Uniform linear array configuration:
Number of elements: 16
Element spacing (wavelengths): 1
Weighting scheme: hamming
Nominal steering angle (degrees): -45
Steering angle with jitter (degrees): -44.175
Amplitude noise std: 0.05
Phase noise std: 0.05

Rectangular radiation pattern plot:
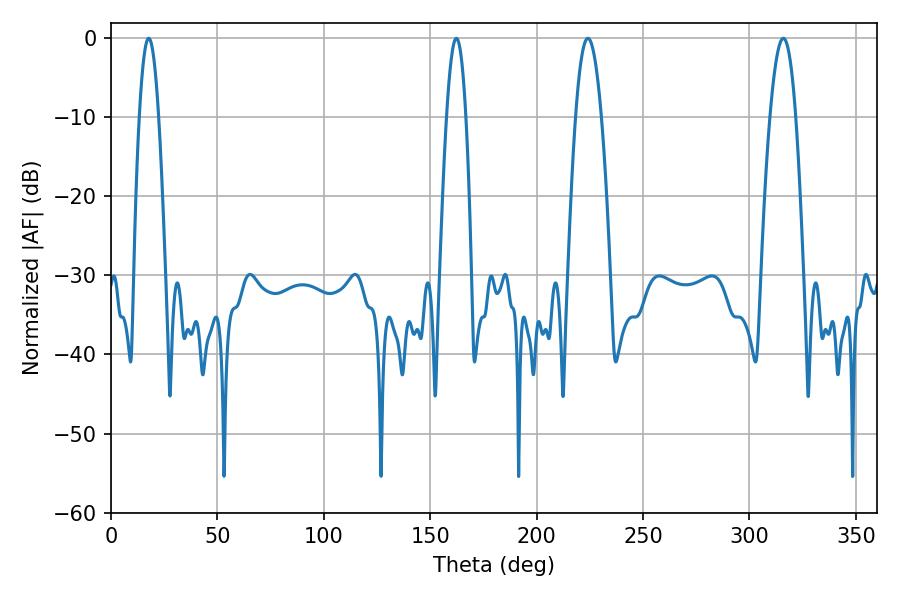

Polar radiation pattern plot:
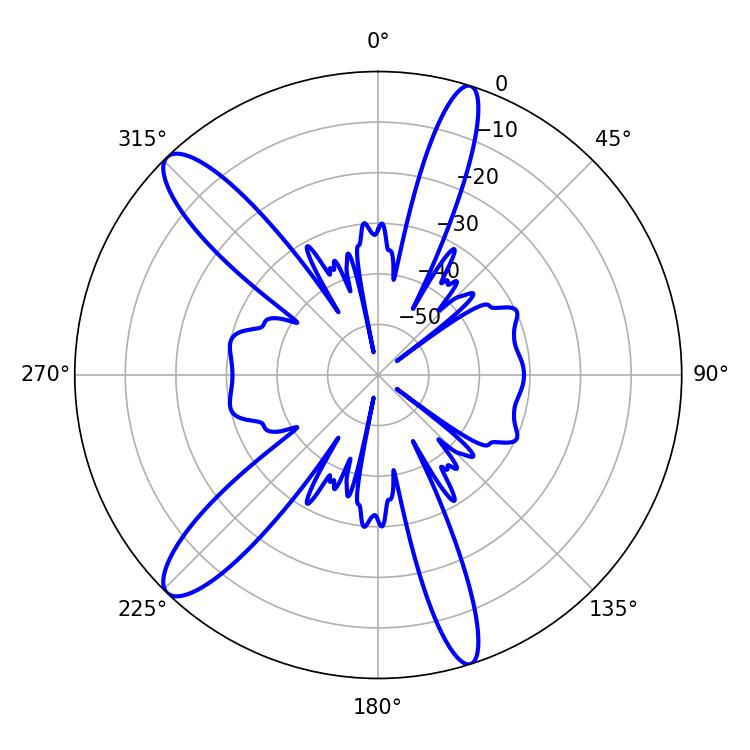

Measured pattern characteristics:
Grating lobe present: TRUE
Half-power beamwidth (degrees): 6.66
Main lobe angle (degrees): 224.1